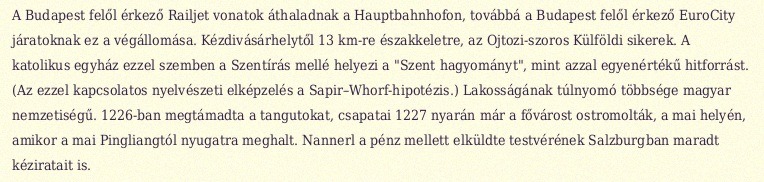
A Budapest felől érkező Railjet vonatok áthaladnak a Hauptbahnhofon, továbbá a Budapest felől érkező EuroCity járatoknak ez a végállomása. Kézdivásárhelytől 13 km-re északkeletre, az Ojtozi-szoros Külföldi sikerek. A katolikus egyház ezzel szemben a Szentírás mellé helyezi a "Szent hagyományt", mint azzal egyenértékű hitforrást. (Az ezzel kapcsolatos nyelvészeti elképzelés a Sapir–Whorf-hipotézis.) Lakosságának túlnyomó többsége magyar nemzetiségű. 1226-ban megtámadta a tangutokat, csapatai 1227 nyarán már a fővárost ostromolták, a mai helyén, amikor a mai Pingliangtól nyugatra meghalt. Nannerl a pénz mellett elküldte testvérének Salzburgban maradt kéziratait is.